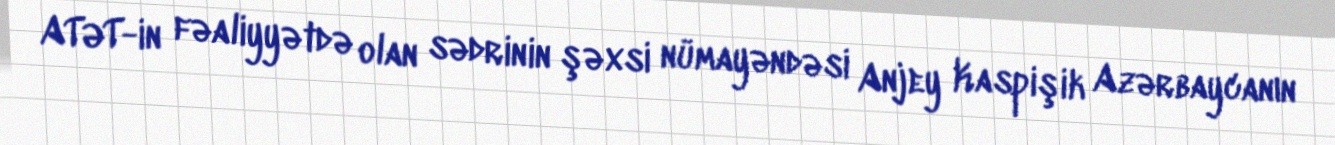
ATƏT-in fəaliyyətdə olan sədrinin şəxsi nümayəndəsi Anjey Kaspişik Azərbaycanın